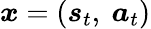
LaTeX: \boldsymbol{x}=(\boldsymbol{s}_{t},~\boldsymbol{a}_{t})